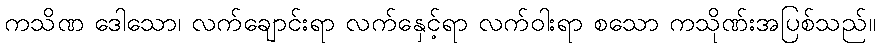
ကသိဏ ဒေါသော၊ လက်ချောင်းရာ လက်နှေင့်ရာ လက်ဝါးရာ စသော ကသိုဏ်းအပြစ်သည်။